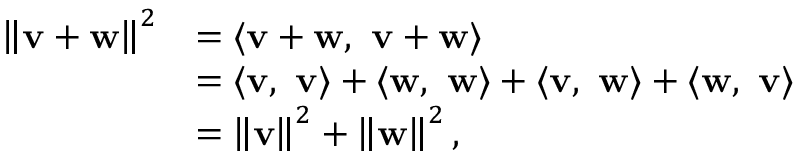
{ \begin{array} { r l } { \left\| \mathbf { v } + \mathbf { w } \right\| ^ { 2 } } & { = \langle \mathbf { v + w } , \ \mathbf { v + w } \rangle } \\ & { = \langle \mathbf { v } , \ \mathbf { v } \rangle + \langle \mathbf { w } , \ \mathbf { w } \rangle + \langle \mathbf { v , \ w } \rangle + \langle \mathbf { w , \ v } \rangle } \\ & { = \left\| \mathbf { v } \right\| ^ { 2 } + \left\| \mathbf { w } \right\| ^ { 2 } , } \end{array} }